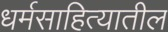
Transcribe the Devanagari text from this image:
धर्मसाहित्यातील